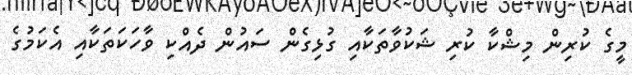
މީގެ ކުރިން މިޝްކާ ކުރި ޝަކުވާތަކާއި ގުޅިގެން ސައުން ދެއްކި ވާހަކަތަކާއި އެކަމުގެ